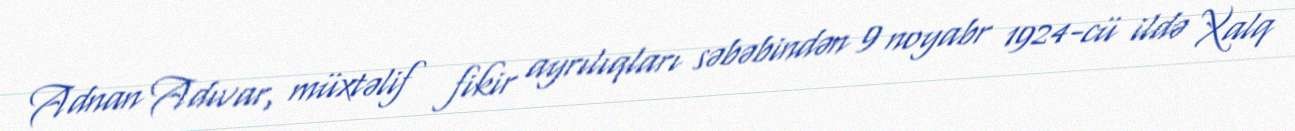
Adnan Adıvar, müxtəlif fikir ayrılıqları səbəbindən 9 noyabr 1924-cü ildə Xalq